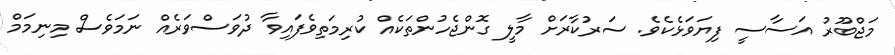
މަޖްބޫރު އަސާސީ ފިޔަވަޅެކެވެ. ސަރުކާރަށް މާލީ ގޮންޖެހުންތަކެއް ކުރިމަތިވެފައިވާ ދުވަސްވަރެއް ނަމަވެސް މިނިމަމް